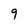
Character: 9